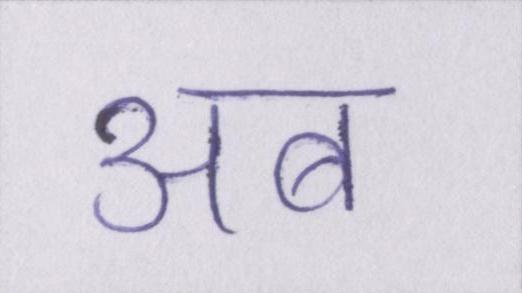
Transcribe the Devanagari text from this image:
अब